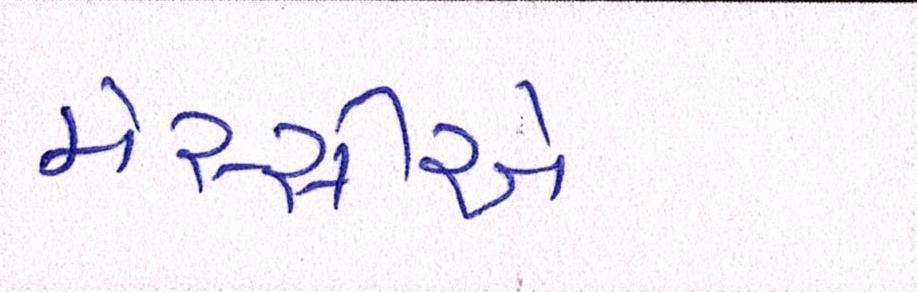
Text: મેસ્સીએ